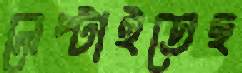
লেপ্‌টাইতেছ